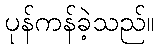
ပုန်ကန်ခဲ့သည်။